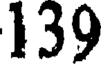
139